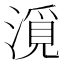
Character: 漞